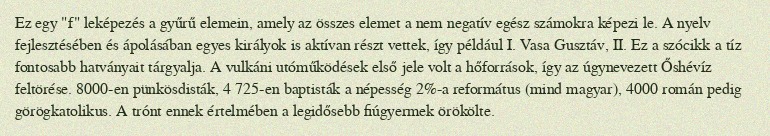
Ez egy "f" leképezés a gyűrű elemein, amely az összes elemet a nem negatív egész számokra képezi le. A nyelv fejlesztésében és ápolásában egyes királyok is aktívan részt vettek, így például I. Vasa Gusztáv, II. Ez a szócikk a tíz fontosabb hatványait tárgyalja. A vulkáni utóműködések első jele volt a hőforrások, így az úgynevezett Őshévíz feltörése. 8000-en pünkösdisták, 4 725-en baptisták a népesség 2%-a református (mind magyar), 4000 román pedig görögkatolikus. A trónt ennek értelmében a legidősebb fiúgyermek örökölte.